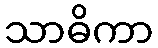
သာဓိကာ